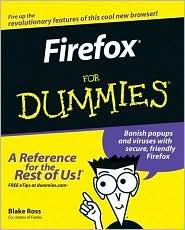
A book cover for Firefox For Dummies Publisher: For Dummies; Blake Ross; Computers & Technology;